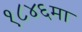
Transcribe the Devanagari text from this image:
१८४६मा